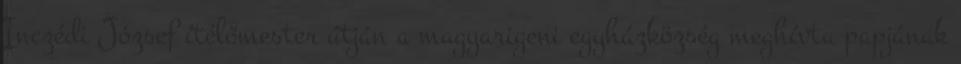
Inczédi József ítélőmester útján a magyarigeni egyházközség meghívta papjának